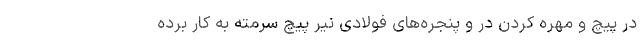
در پیچ و مهره کردن در و پنجره‌های فولادی نیر پیچ سرمته به کار برده